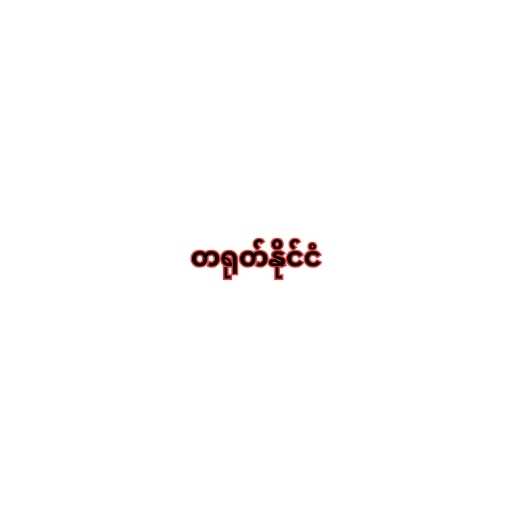
တရုတ်နိုင်ငံ